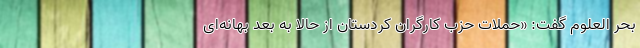
بحر العلوم گفت: «حملات حزب کارگران کردستان از حالا به بعد بهانه‌ای